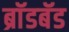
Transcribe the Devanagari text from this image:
ब्राॅडबॅड